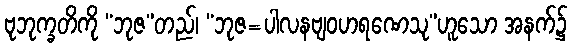
ဗုဘုက္ခတိကို “ဘုဇ”တည်၊ “ဘုဇ=ပါလနဗျဝဟရဏေသု”ဟူသော အနက်၌